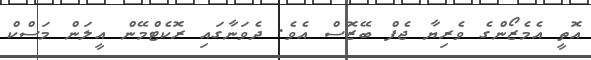
އޮތީ އެމެޒޯންގެ ވެރިޔާ ޖެފް ބޭޒޮސް އެވެ. ދެވަނާގައި ރޮކެޓްމޭން އީލަން މަސްކް